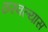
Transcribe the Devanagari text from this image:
ठरवल्यास